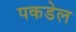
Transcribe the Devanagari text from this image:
पकडेल